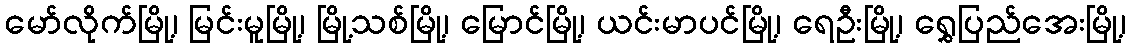
မော်လိုက်မြို့၊ မြင်းမူမြို့၊ မြို့သစ်မြို့၊ မြောင်မြို့၊ ယင်းမာပင်မြို့၊ ရေဦးမြို့၊ ရွှေပြည်အေးမြို့၊